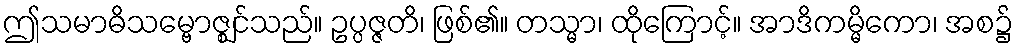
ဤသမာဓိသမ္ဗောဇ္ဈင်သည်။ ဥပ္ပဇ္ဇတိ၊ ဖြစ်၏။ တသ္မာ၊ ထိုကြောင့်။ အာဒိကမ္မိကော၊ အစ၌